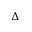
\Delta